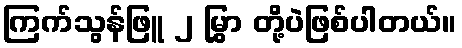
ကြက်သွန်ဖြူ ၂ မြွှာ တို့ပဲဖြစ်ပါတယ်။